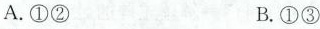
A.①② B.①③